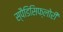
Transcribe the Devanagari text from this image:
स्पैडिसिफ्लोरी